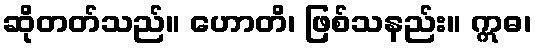
ဆိုတတ်သည်။ ဟောတိ၊ ဖြစ်သနည်း။ ဣဓ၊